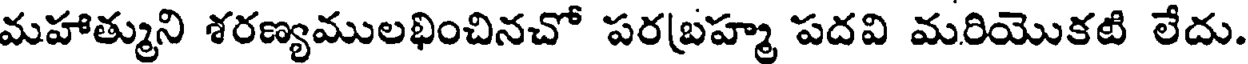
మహాత్ముని శరణ్యములభించినచో పరబ్రహ్మ పదవి మరియొకటి లేదు.